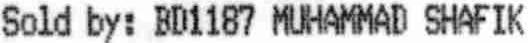
SOLD BY: BD1187 MUHAMMAD SHAFIK